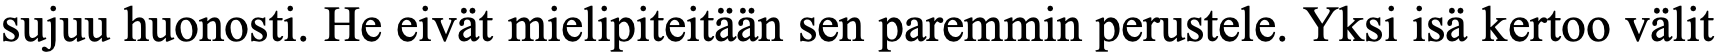
sujuu huonosti. He eivät mielipiteitään sen paremmin perustele. Yksi isä kertoo välit